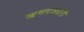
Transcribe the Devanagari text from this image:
ऋणपत्रधारी